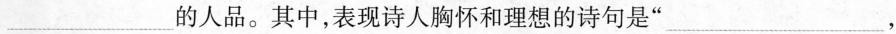
___的人品。其中，表现诗人胸怀和理想的诗句是”___，